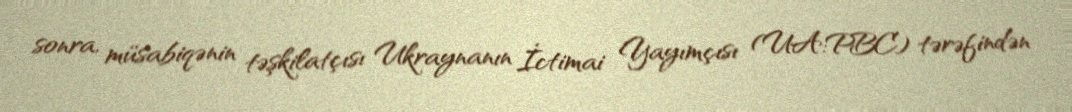
sonra, müsabiqənin təşkilatçısı Ukraynanın İctimai Yayımçısı (UA:PBC) tərəfindən